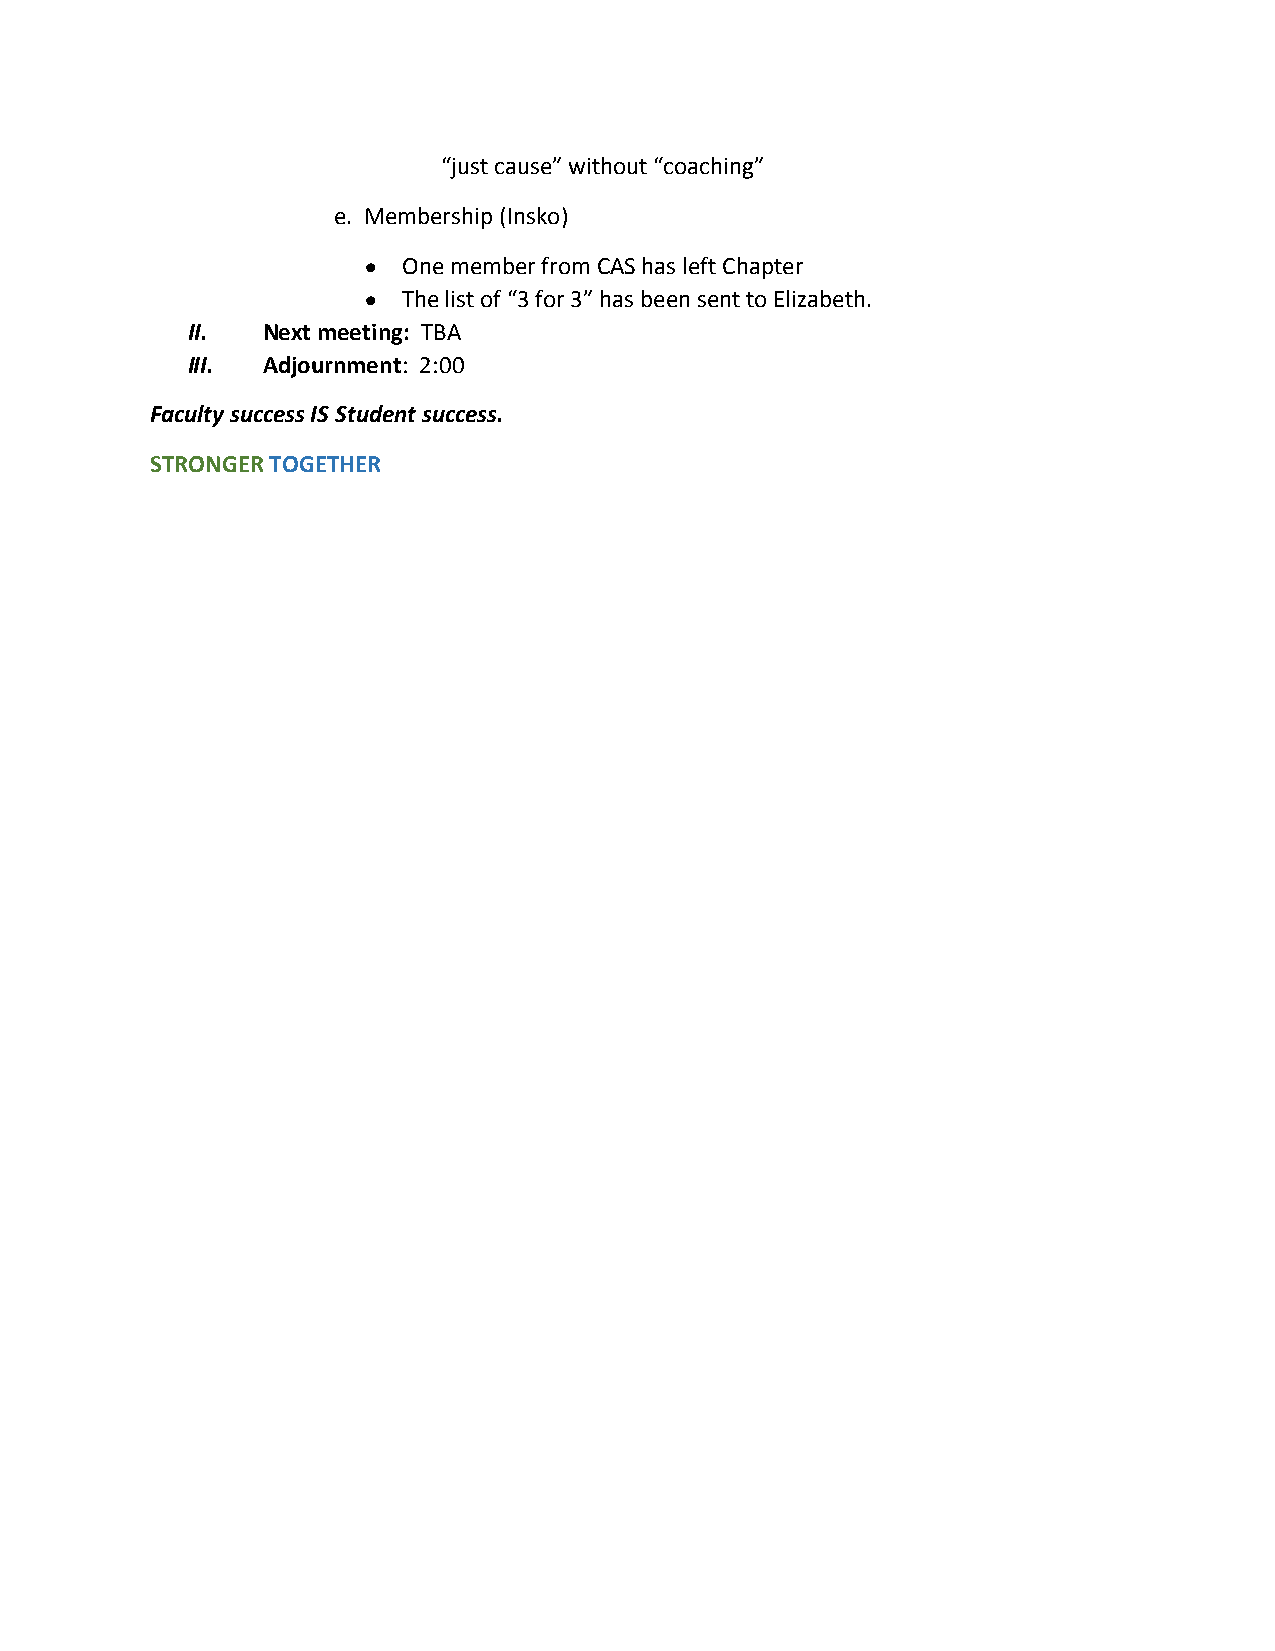
“just cause” without “coaching”
 e. Membership (Insko)
   One member from CAS has left Chapter
   The list of “3 for 3” has been sent to Elizabeth.
 II.  Next meeting: TBA
 III. Adjournment: 2:00
 Faculty success IS Student success.
 STRONGER TOGETHER